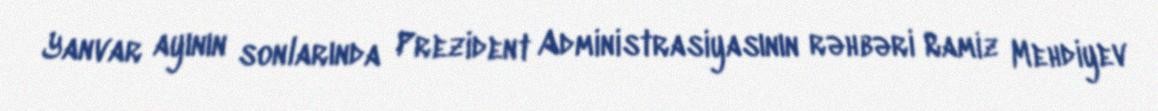
Yanvar ayının sonlarında Prezident Administrasiyasının rəhbəri Ramiz Mehdiyev